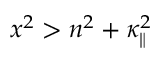
x ^ { 2 } > n ^ { 2 } + \kappa _ { \| } ^ { 2 }